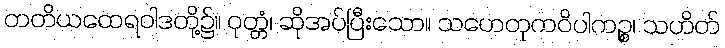
တတိယထေရဝါဒတို့၌။ ဝုတ္တံ၊ ဆိုအပ်ပြီးသော။ သဟေတုကဝိပါကဉ္စ၊ သဟိတ်